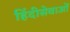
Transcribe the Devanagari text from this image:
हिंदीसेवाओं